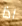
اذا